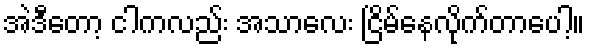
အဲဒီတော့ ငါကလည်း အသာလေး ငြိမ်နေလိုက်တာပေါ့။